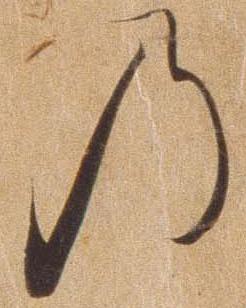
の